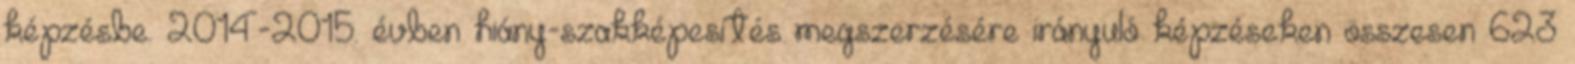
képzésbe. 2014-2015. évben hiány-szakképesítés megszerzésére irányuló képzéseken összesen 623